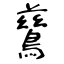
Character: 鶿